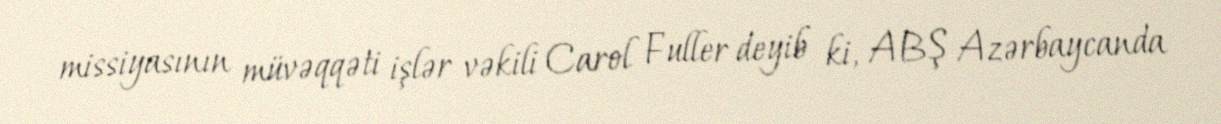
missiyasının müvəqqəti işlər vəkili Carol Fuller deyib ki, ABŞ Azərbaycanda